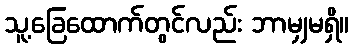
သူ့ခြေထောက်တွင်လည်း ဘာမျှမရှိ။